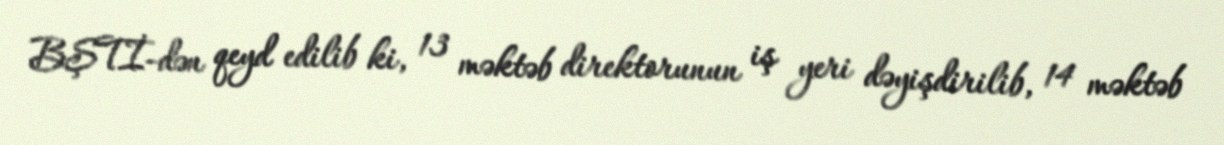
BŞTİ-dən qeyd edilib ki, 13 məktəb direktorunun iş yeri dəyişdirilib, 14 məktəb